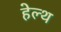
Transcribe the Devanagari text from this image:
हेल्‍थ